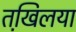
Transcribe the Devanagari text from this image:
तखि़लया